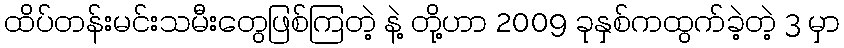
ထိပ်တန်းမင်းသမီးတွေဖြစ်ကြတဲ့ နဲ့ တို့ဟာ 2009 ခုနှစ်ကထွက်ခဲ့တဲ့ 3 မှာ